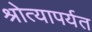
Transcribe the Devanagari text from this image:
श्रोत्यापर्यत